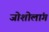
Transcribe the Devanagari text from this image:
जोशोलांग